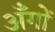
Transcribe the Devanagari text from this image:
अँगों